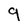
Character: 9